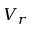
V _ { r }